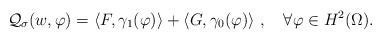
LaTeX: \begin{align*}\mathcal Q_{\sigma}(w,\varphi)=\left\langle F,\gamma_1(\varphi)\right\rangle+\left\langle G,\gamma_0(\varphi)\right\rangle\,,\ \ \ \forall\varphi\in H^2(\Omega).\end{align*}